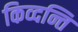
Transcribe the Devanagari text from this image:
किव्दन्ति